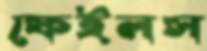
ফেইলস